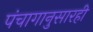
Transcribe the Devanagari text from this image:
पंचागानुसारही